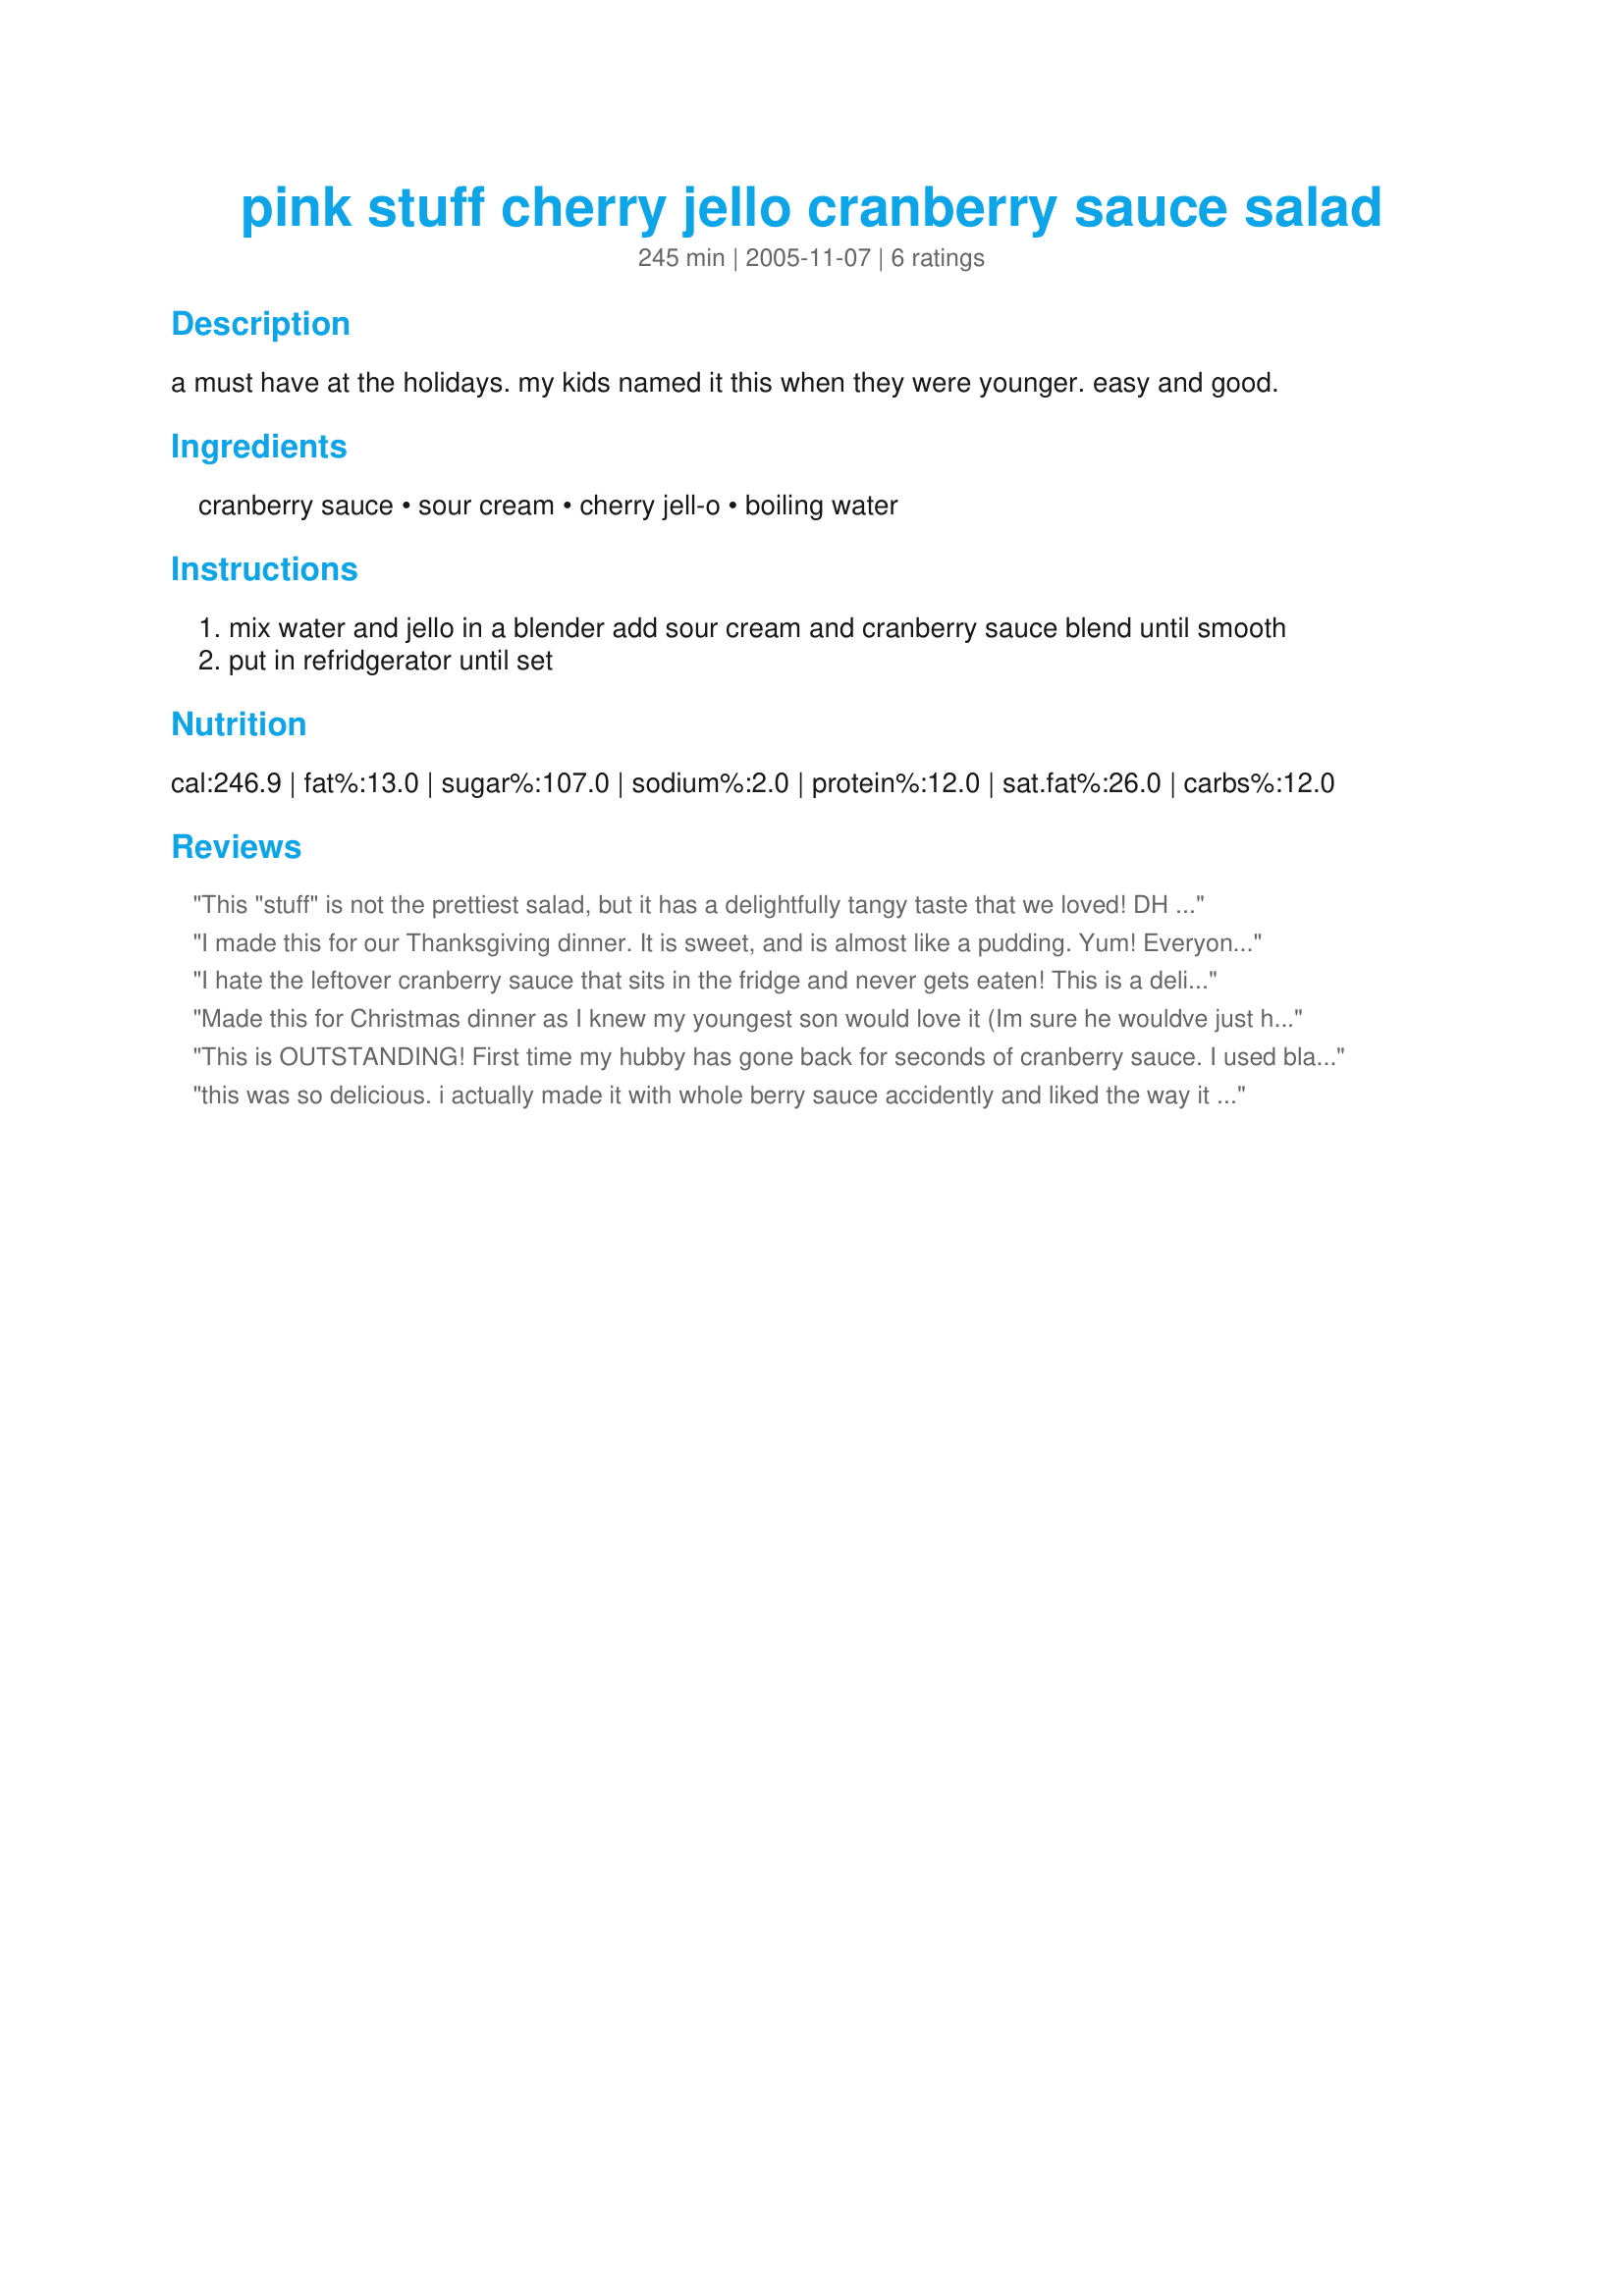
pink stuff cherry jello cranberry sauce salad
Preparation time: 245 minutes

a must have at the holidays. my kids named it this when they were younger. easy and good.

Ingredients:
cranberry sauce, sour cream, cherry jell-o, boiling water

Steps:
mix water and jello in a blender add sour cream and cranberry sauce blend until smooth
put in refridgerator until set

Reviews:
This "stuff" is not the prettiest salad, but it has a delightfully tangy taste that we loved! DH made a face when he saw it and was afraid to try it, but he really liked it! I used jellied cranberry sauce, but would like to make it again with whole berry sauce to see if it adds some texture. I'm going to make this to take to my brother's house for Thanksgiving and I'm sure it will be a hit. Note: this took a lot longer to set than I thought it would. After 4 hours it was still very liquid, so we saved it and ate it the next day. In the future, I will make it the night before serving.
I made this for our Thanksgiving dinner. It is sweet, and is almost like a pudding. Yum! Everyone enjoyed very much. Even my kids! It was so easy to do, in fact I double checked the recipe again thinking I left something out! I used the jellied cranberries, but would like to try it with the whole cranberries next time. Thanks for sharing.
I hate the leftover cranberry sauce that sits in the fridge and never gets eaten! This is a delicious way to use it up. I loved it and even my kids, who don't touch cranberry sauce normally, ate it! Thanks for a great one!
Made this for Christmas dinner as I knew my youngest son would love it (Im sure he wouldve just had this if he'd been allowed!!) I asked my Mum in Canada to send me a cherry jello as we cant get it here (see the lengths I go to lol) it was a real hit and not just by him. Thanks for sharing.
This is OUTSTANDING! First time my hubby has gone back for seconds of cranberry sauce. I used black cherry jell-o and fat free sour cream and have renamed this cranberry pudding because it is most definitely pudding like. LOVE LOVE LOVE this stuff, will make all the time, thanks!
this was so delicious. i actually made it with whole berry sauce accidently and liked the way it turned out, but was over ruled by the crowd at dinner, next time i will use jeliied cranberry sauce instead.
